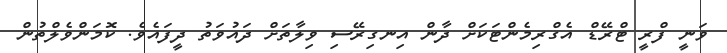
ވަނީ ފްރީ ޓްރޭޑް އެގްރިމެންޓަކަށް ދާން އިނގިރޭސި ވިލާތަށް ދައުވަތު ދީފައެވެ. ކޮމަންވެލްތުން